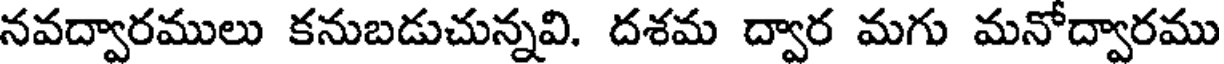
నవద్వారములు కనుబడుచున్నవి. దశమ ద్వార మగు మనోద్వారము